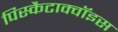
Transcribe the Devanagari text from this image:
पिस्कैटाक्वॉइस